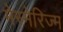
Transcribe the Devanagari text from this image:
मेस्मेरिज्म